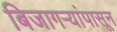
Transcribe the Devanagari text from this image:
बिजागऱ्यांपासून